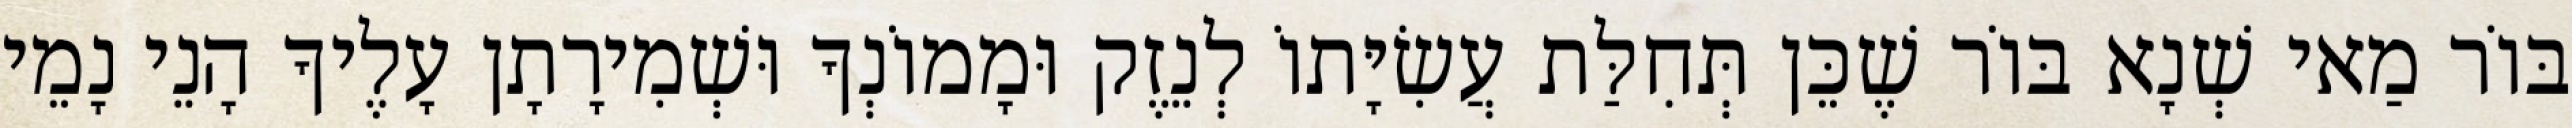
בּוֹר מַאי שְׁנָא בּוֹר שֶׁכֵּן תְּחִלַּת עֲשִׂיָּתוֹ לְנֵזֶק וּמָמוֹנְךָ וּשְׁמִירָתָן עָלֶיךָ הָנֵי נָמֵי